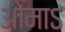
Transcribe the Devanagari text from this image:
ओमाऽ